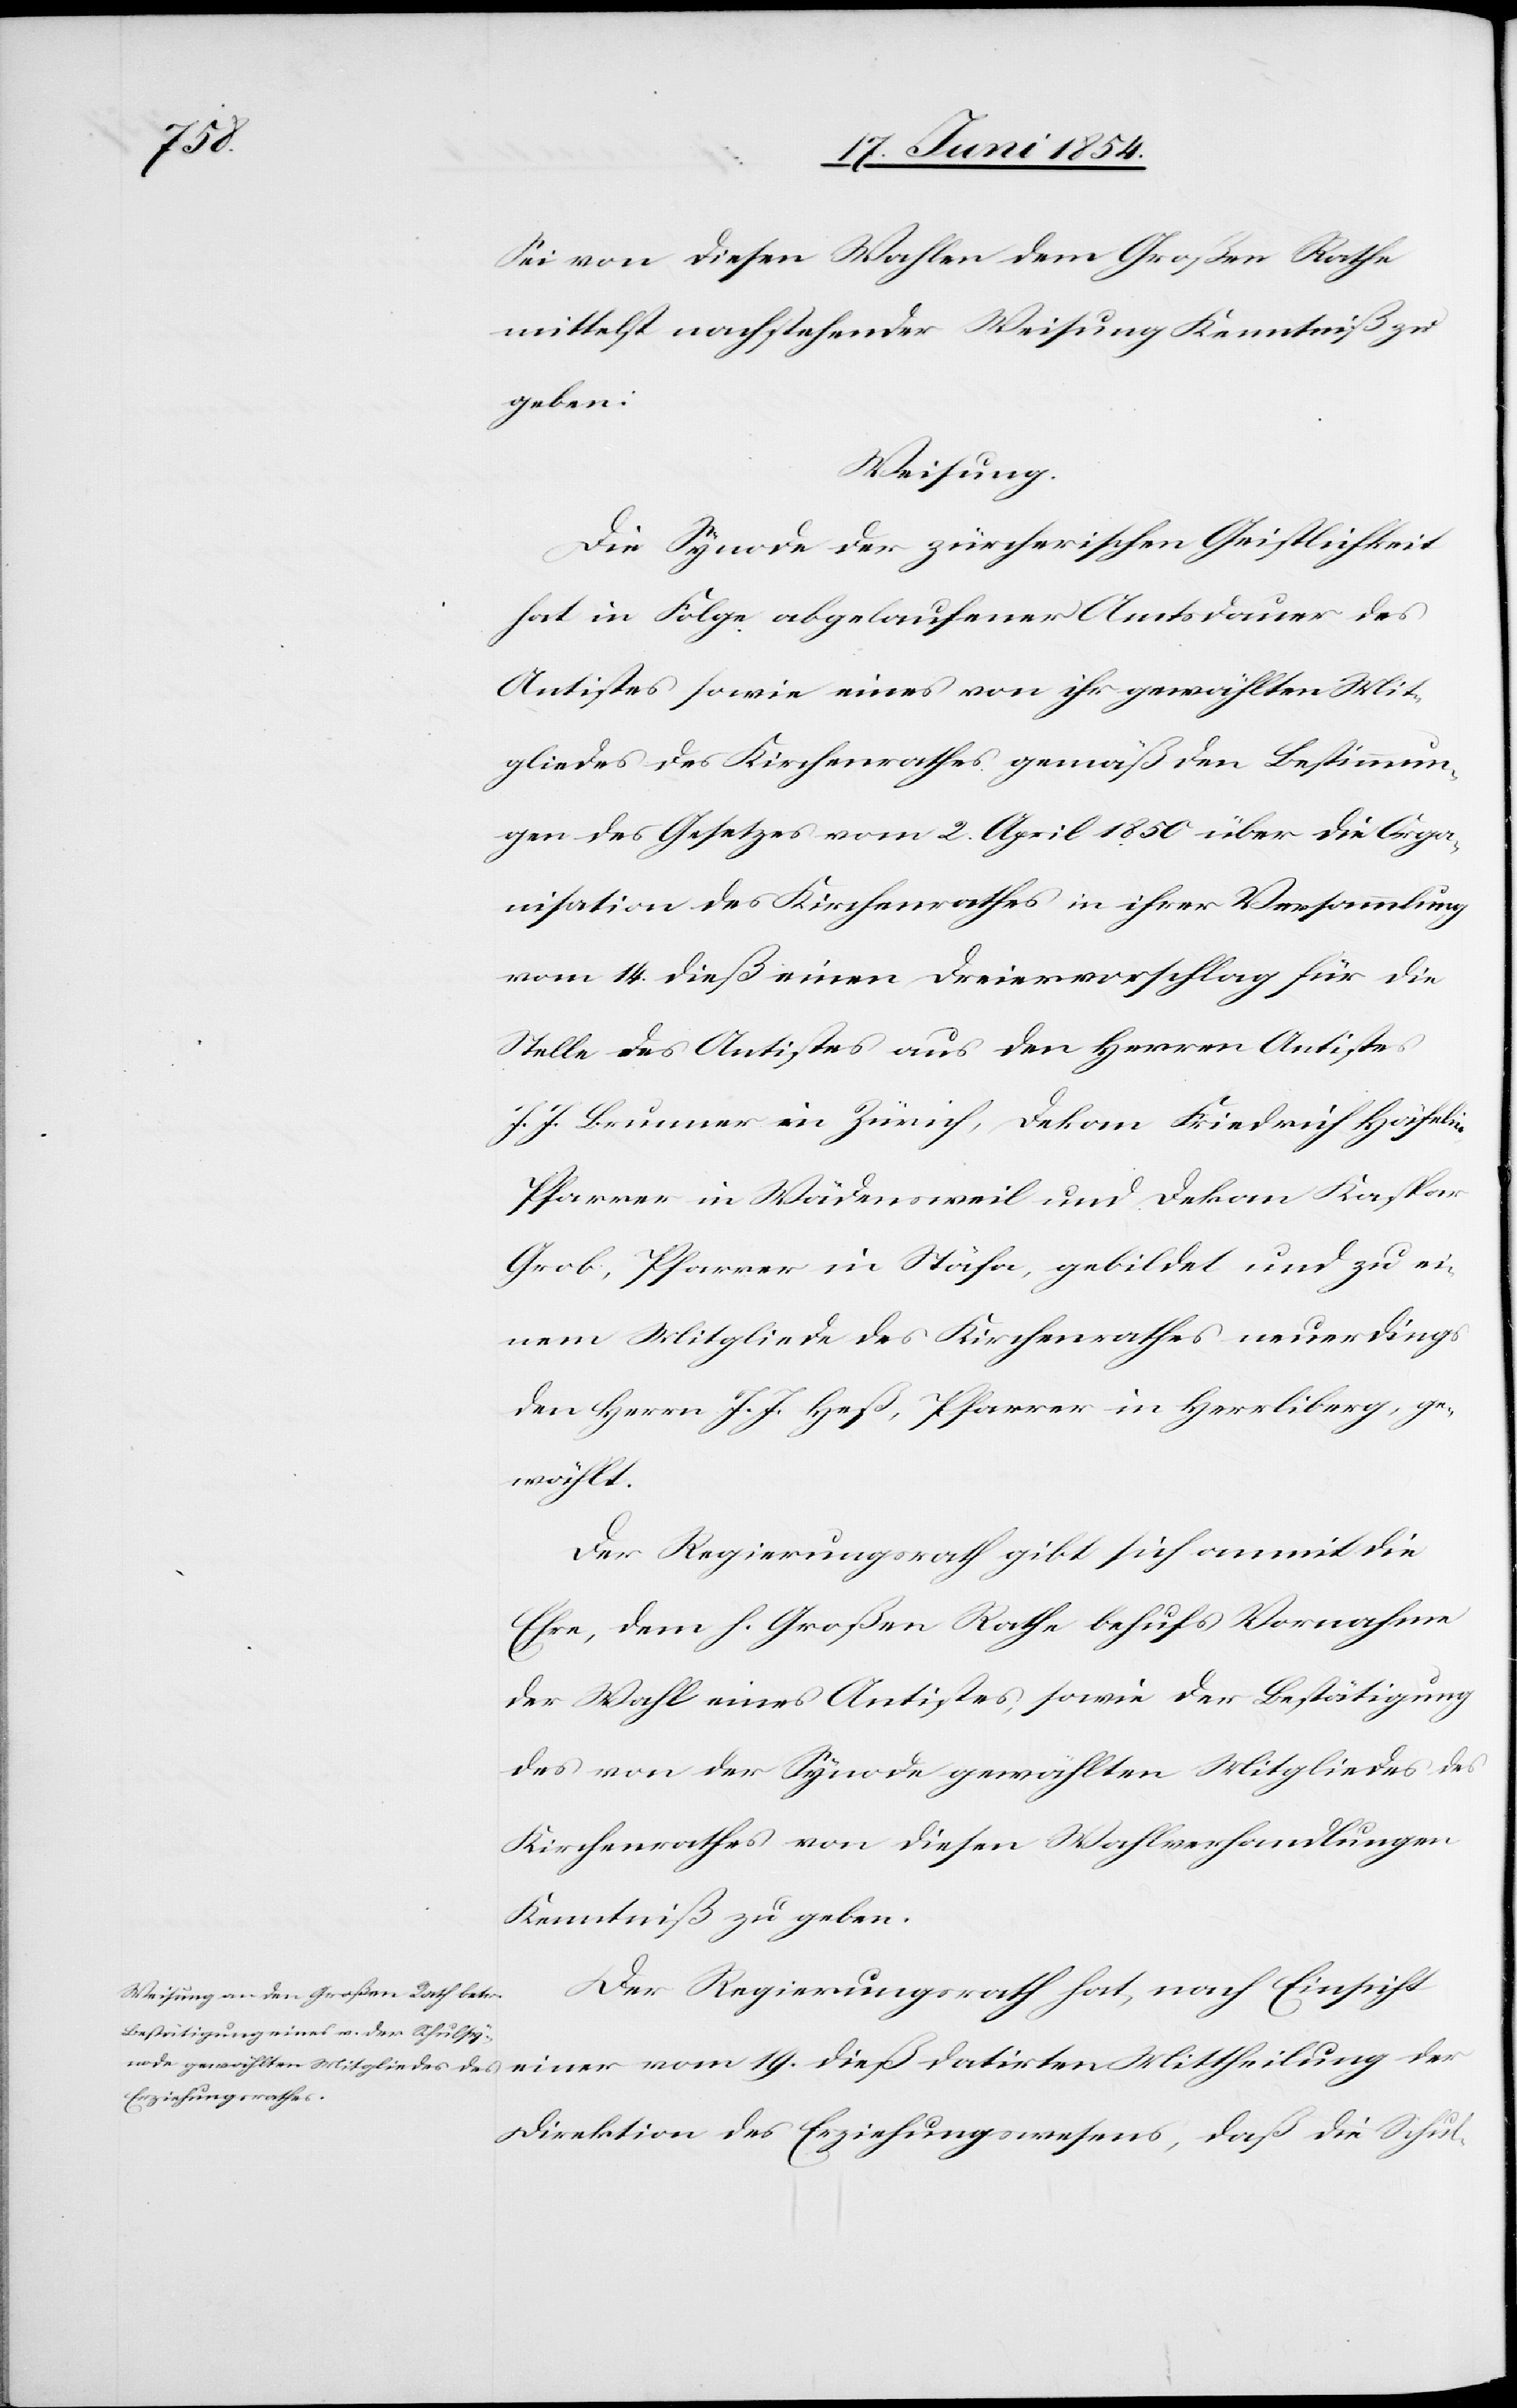
Sei von diesen Wahlen dem Großen Rathe
mittelst nachstehender Weisung Kenntniß zu
geben:
Weisung.
Die Synode der zürcherischen Geistlichkeit
hat in Folge abgelaufener Amtsdauer des
Antistes sowie eines von ihr gewählten Mit¬
gliedes des Kirchenrathes gemäß den Bestimmun¬
gen des Gesetzes vom 2. April 1850 über die Orga¬
nisation des Kirchenrathes in ihrer Versammlung
vom 14. dieß einen Dreiervorschlag für die
Stelle des Antistes aus den Herren Antistes
J. J. Brunner in Zürich, Dekan Friedrich Häfelin,
Pfarrer in Wädensweil und Dekan Kaspar
Grob, Pfarrer in Stäfa gebildet und zu ei¬
nem Mitgliedes des Kirchenrathes neuerdings
den Herrn J. J. Heß, Pfarrer in Herrliberg, ge¬
wählt.
Der Regierungsrath gibt sich anmit die
Ehre, dem h. Großen Rathe behufs Vornahme
der Wahl eines Antistes, sowie der Bestätigung
des von der Synode gewählten Mitgliedes des
Kirchenrathes von diesen Wahlverhandlungen
Kenntniß zu geben.
Der Regierungsrath hat, nach Einsicht
einer vom 19. dieß datirten Mittheilung der
Direktion des Erziehungswesens, daß die Schul-